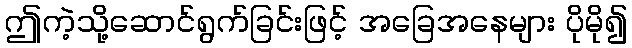
ဤကဲ့သို့ဆောင်ရွက်ခြင်းဖြင့် အခြေအနေများ ပိုမို၍